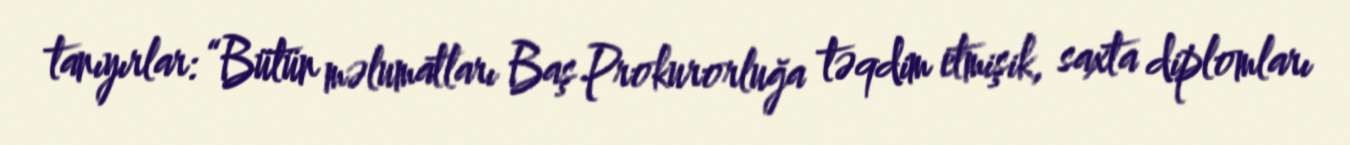
tanıyırlar: “Bütün məlumatları Baş Prokurorluğa təqdim etmişik, saxta diplomları